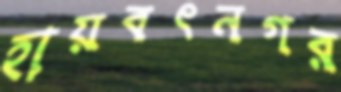
হায়বৎনগর